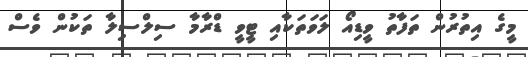
މީގެ އިތުރުން ތަފާތު ވީޑިއޯ ލަވަތަކާއި ޓީވީ ޑްރާމާ ސިލްސިލާ ތަކުން ވެސް